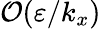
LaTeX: \mathcal{O}(\varepsilon/k_{x})